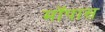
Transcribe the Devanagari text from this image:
मॉपास